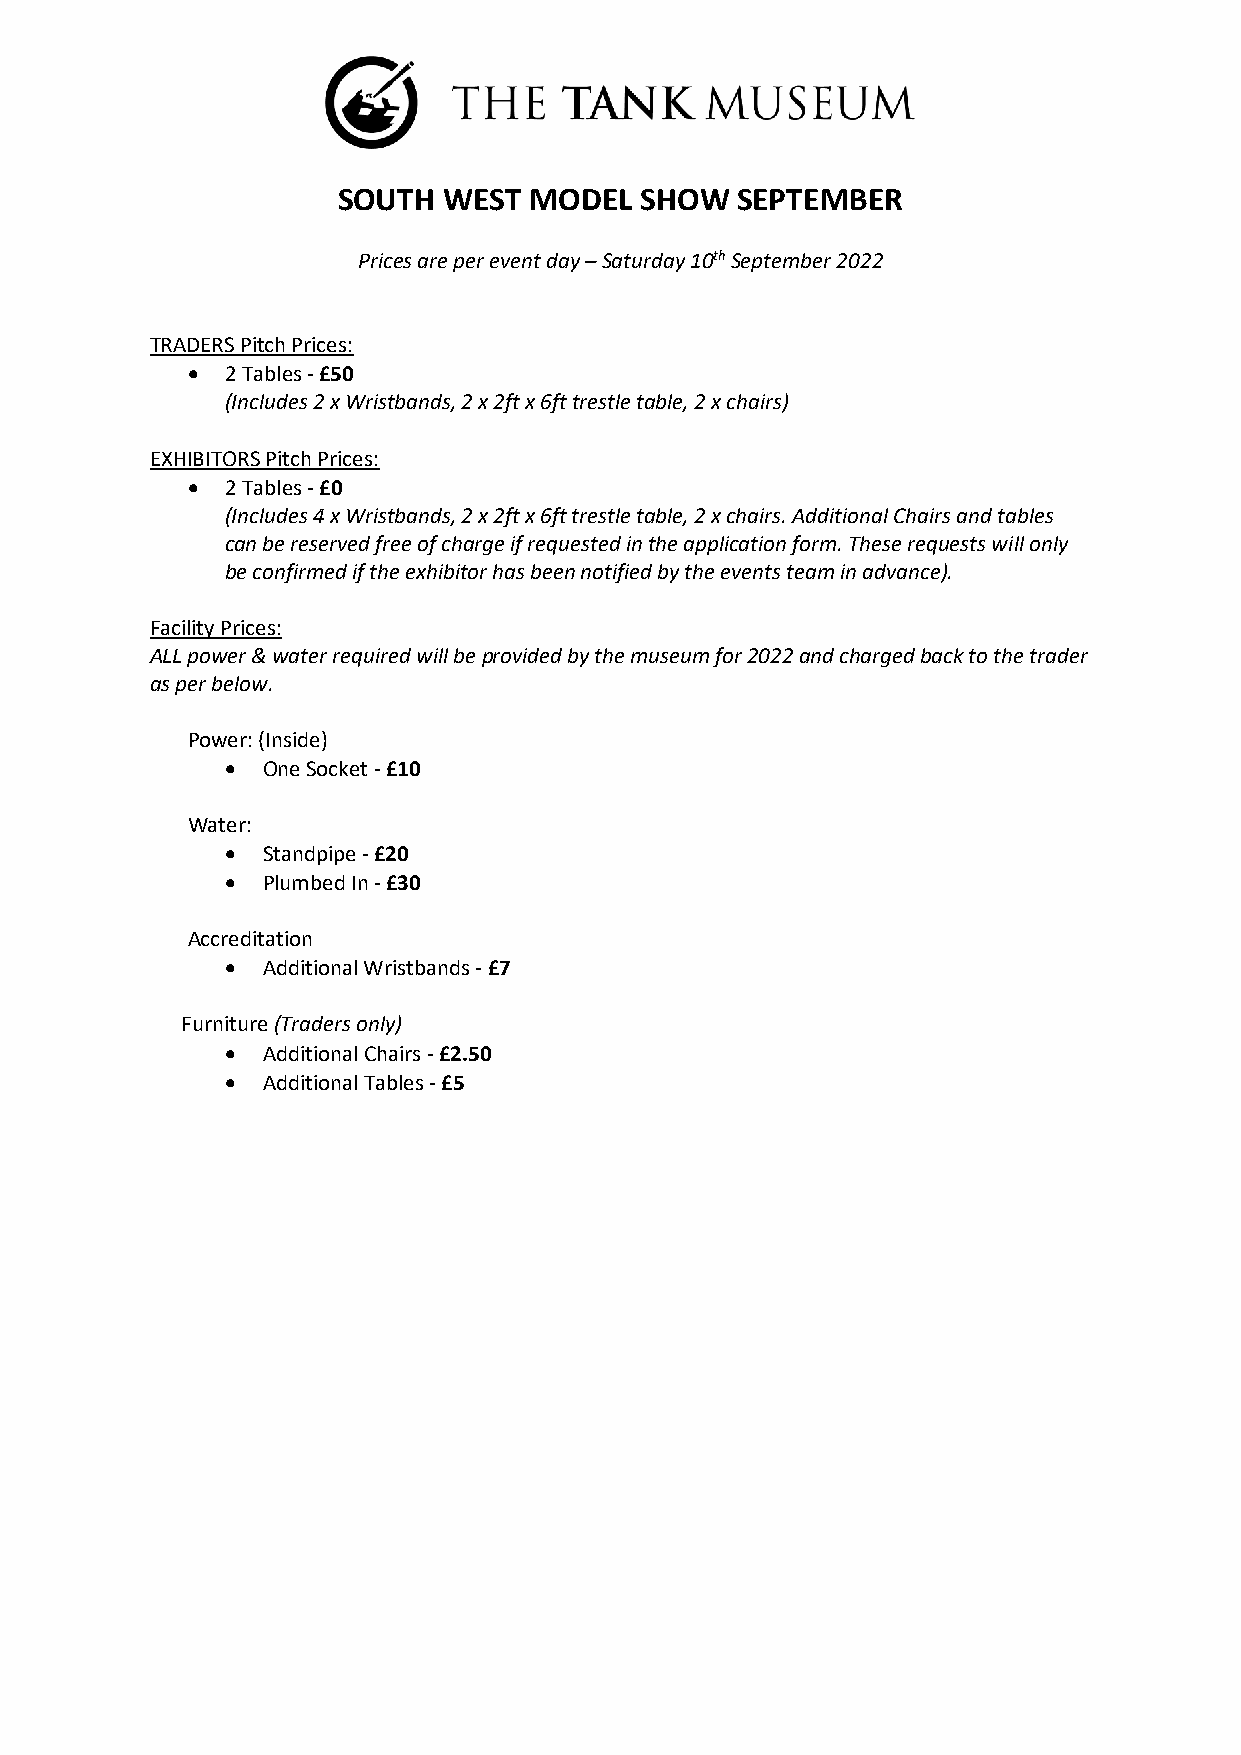
SOUTH  WEST  MODEL  SHOW   SEPTEMBER
 Prices are per event day – Saturday 10th September 2022
 TRADERS Pitch Prices:
 •  2 Tables - £50
 (Includes 2 x Wristbands, 2 x 2ft x 6ft trestle table, 2 x chairs)
 EXHIBITORS Pitch Prices:
 •  2 Tables - £0
 (Includes 4 x Wristbands, 2 x 2ft x 6ft trestle table, 2 x chairs. Additional Chairs and tables
 can be reserved free of charge if requested in the application form. These requests will only
 be confirmed if the exhibitor has been notified by the events team in advance).
 Facility Prices:
 ALL power & water required will be provided by the museum for 2022 and charged back to the trader
 as per below.
 Power: (Inside)
 • One Socket - £10
 Water:
 • Standpipe - £20
 • Plumbed In - £30
 Accreditation
 • Additional Wristbands - £7
 Furniture (Traders only)
 • Additional Chairs - £2.50
 • Additional Tables - £5